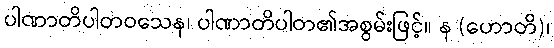
ပါဏာတိပါတဝသေန၊ ပါဏာတိပါတ၏အစွမ်းဖြင့်။ န (ဟောတိ)၊